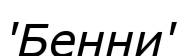
'Бенни'